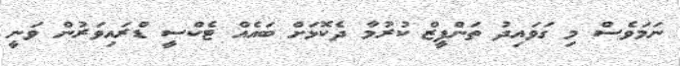
ނަމަވެސް މި ގަވައިދު ތަންފީޒް ކުރުމާ ދެކޮޅަށް ބައެއް ޓެކްސީ ޑްރައިވަރުން ވަނީ